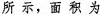
所示，面积为